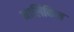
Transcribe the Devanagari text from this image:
मालिकिन